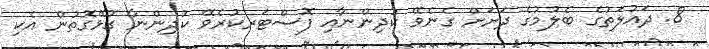
8. ދައުލަތުގެ ބެލުމުގެ ދަށަށް ގެނެވޭ ކުދިންނާއި ފޮސްޓަރކުރެވޭ ކުދިންނާ ގުޅޭގޮތުން އެކި